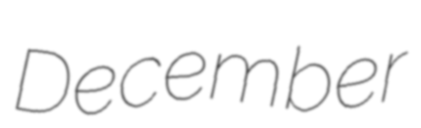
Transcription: December